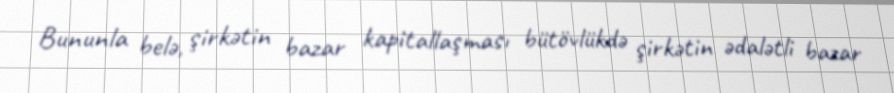
Bununla belə, şirkətin bazar kapitallaşması bütövlükdə şirkətin ədalətli bazar